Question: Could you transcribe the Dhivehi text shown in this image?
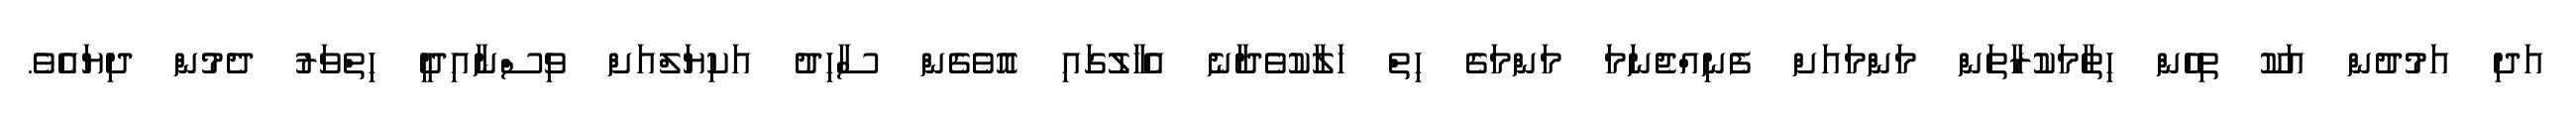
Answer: އަދި އަމުދުން އަކޫ ތިހެން ހިތާމަކުރާތަން މަންމައަށް ފެނިއްޖެނަމަ މަންމަގެ ހިތް ހަލާކުވެދާނެ އެހާލުގައި އޮވެގެން ސާހިދު އަކިޔަލްއަށް ވިސްނާއިދީ ހިތްވަރު ދެމުން ދިޔައެވެ.